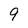
Character: 9